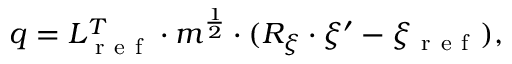
q = L _ { \mathrm { ~ r ~ e ~ f ~ } } ^ { T } \cdot m ^ { \frac { 1 } { 2 } } \cdot ( R _ { \xi } \cdot \xi ^ { \prime } - \xi _ { \mathrm { ~ r ~ e ~ f ~ } } ) ,